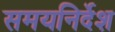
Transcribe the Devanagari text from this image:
समयनिर्देश